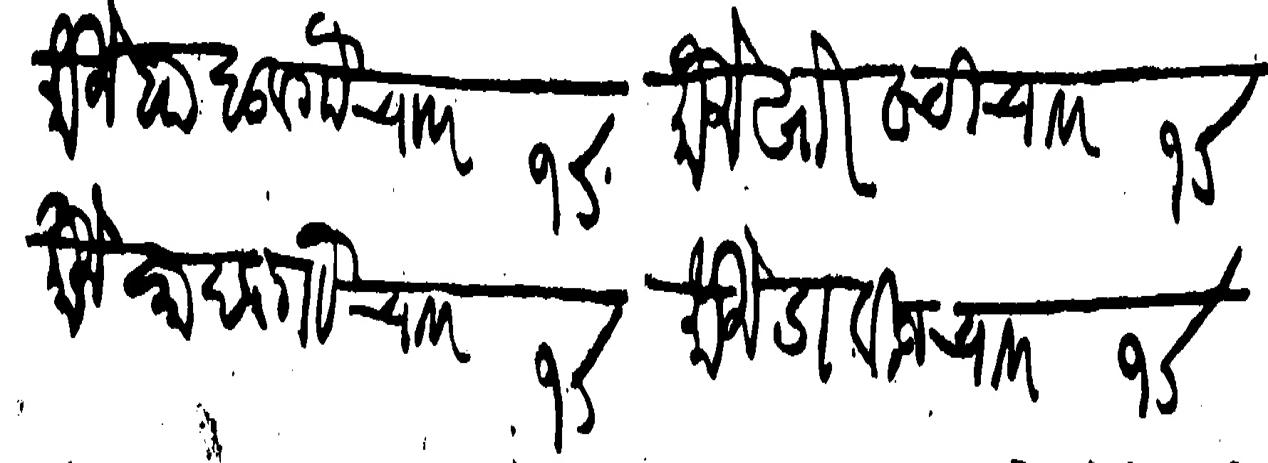
Transliteration (Devanagari): मौजे बाबुल गौ चावर १σ मौजे खोरवची चावर १σ मौजे सादल गौ चावर १σ मौजे डावीज चावर १σ